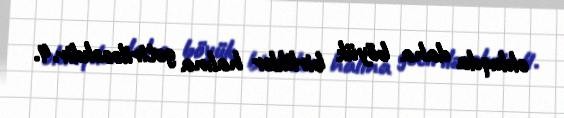
olduqda daha böyük birliklər halına gətiriləcəkdir.4.